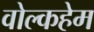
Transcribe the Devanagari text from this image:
वोल्कहेम